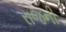
રાજની